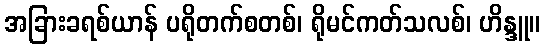
အခြားခရစ်ယာန် ပရိုတက်စတစ်၊ ရိုမင်ကတ်သလစ်၊ ဟိန္ဒူ။